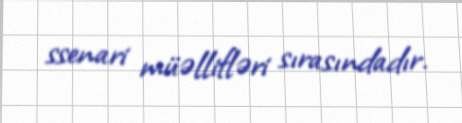
ssenari müəllifləri sırasındadır.